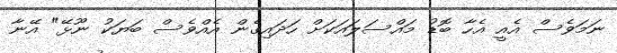
ނަމަވެސް އެއީ އެހާ ބޮޑު މައްސަލައަކަށް ހަދައިގެން އެއްވެސް ބަޔަކު ނޫޅޭ" އޭނާ